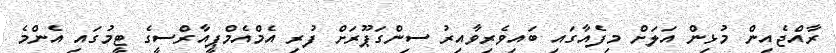
ރާއްޖެއިން މުޅިން އަލަށް މިފެއާގައި ބައިވެރިވާއިރު ސިންގަޕޫރަށް ފުރި އެމްއެމްޕީއާރްސީގެ ޓީމުގައި އެންމެ